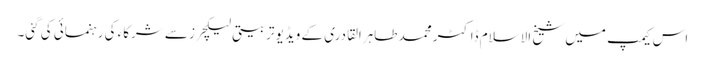
اس کیمپ میں شیخ الاسلام ڈاکٹر محمد طاہرالقادری کے ویڈیو تربیتی لیکچرز سے شرکاء کی رہنمائی کی گئی۔